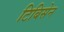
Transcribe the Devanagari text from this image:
टिबिसेन